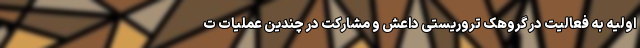
اولیه به فعالیت در گروهک تروریستی داعش و مشارکت در چندین عملیات ت